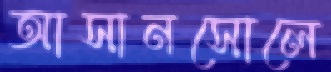
আসানসোলে